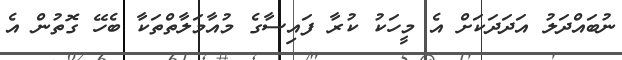
ނުބައްދަލު އަދަދަކަށް އެ މީހަކު ކުރާ ފައިސާގެ މުއާމަލާތްތަކާ ބެހޭ ގޮތުން އެ